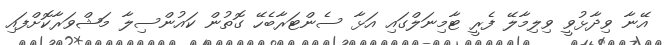
އޭނާ ވިދާޅުވީ ވިލިމާލޭ ފެރީ ޓާމިނަލްގައި އަޅާ ސެންޓަރާބެހޭ ގޮތުން ކައުންސިލާ މަޝްވަރާކޮށްފައި